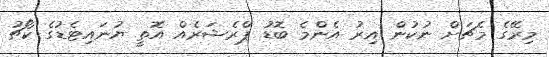
މިރޭގެ މެޗަށް ނުކުން އިރު އެންމެ ބޮޑު ޕްރެޝަރެއް އޮތީ ޔުނައިޓެޑުގެ ކޯޗު